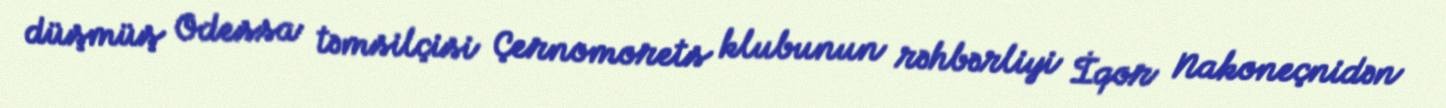
düşmüş Odessa təmsilçisi Çernomorets klubunun rəhbərliyi İqor Nakoneçnidən